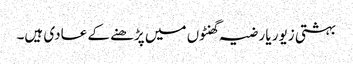
بہشتی زیور یا رضیہ گھنٹوں میں پڑھنے کے عادی ہیں۔